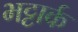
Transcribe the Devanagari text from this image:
भट्टार्क